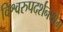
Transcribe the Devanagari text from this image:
विश्वरुपदर्शनयोग